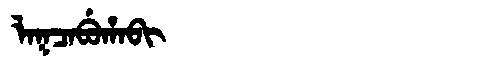
Manchu: ᠯᠠᡴᠴᠠᠪᡠᡥᠠᠪᡳ
Romanization: LAKCABUHABI